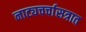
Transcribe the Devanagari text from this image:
नाट्यचर्चासत्रात